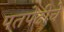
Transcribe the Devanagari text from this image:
पतपेढीचे